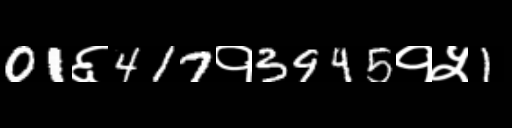
Text: 01६417१3945१५1